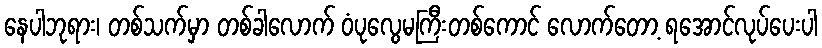
နေပါဘုရား၊ တစ်သက်မှာ တစ်ခါလောက် ဝံပုလွေမကြီးတစ်ကောင် လောက်တော့ ရအောင်လုပ်ပေးပါ